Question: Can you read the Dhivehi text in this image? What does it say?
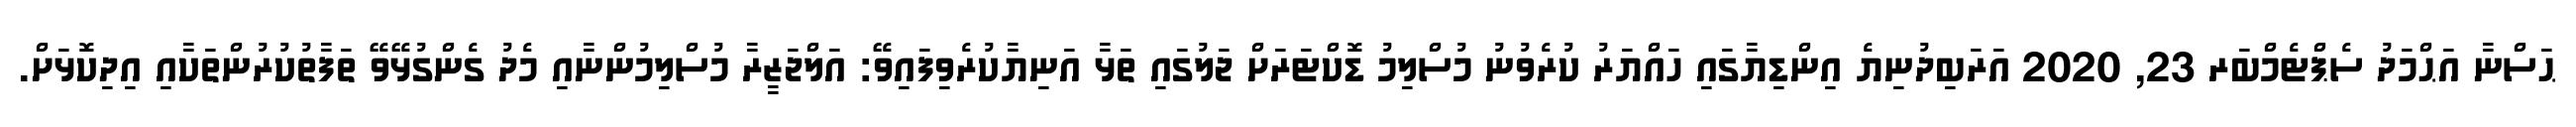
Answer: ޙަސްނާ އަޙްމަދު ސެޕްޓެމްބަރ 23, 2020 އަރަބިދުނިޔެ އިންޑިޔާގައި ހައްޔަރު ކުރެވުނު މުސްލިމު ޑޮކްޓަރަށް ޖަލުގައި ތަޅާ އަނިޔާކުރެވިފައިވޭ: އަލްޖަޒީރާ މުސްލިމުންނާއި މެދު ގެންގުޅޭވޭ ތަފާތުކުރުންތަކާއި އިދިކޮޅަށް.